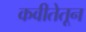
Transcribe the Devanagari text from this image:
कवीतेतून